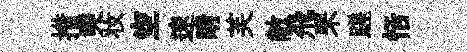
措奭妆空速睛芙敝飛罘蹉恬